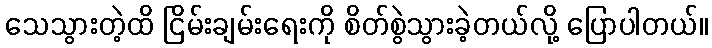
သေသွားတဲ့ထိ ငြိမ်းချမ်းရေးကို စိတ်စွဲသွားခဲ့တယ်လို့ ပြောပါတယ်။